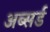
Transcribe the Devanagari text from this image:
अब्सर्ड